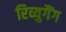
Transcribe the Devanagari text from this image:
रिव्युगैंग